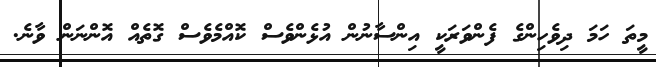
މީތަ ހަމަ ދިވެހިންގެ ފެންވަރަކީ އިންސާނުން އުޅެންވެސް ކޮއްމެވެސް ގޮތެއް އޮންނަން ވާނެ.